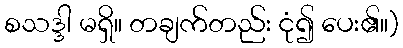
စသဒ္ဒါ မရှိ။ တချက်တည်း ငုံ၍ ပေး၏။)